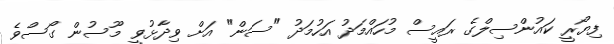
ފިޔޯރީ ކައުންސިލްގެ ރައީސް މުހައްމަދު އަހުމަދު "ސަން" އަށް ވިދާޅުވީ މޫސުން ގޯސްވެ